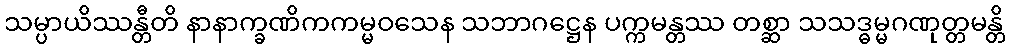
သမ္ပာယိဿန္တီတိ နာနာက္ခဏိကကမ္မဝသေန သဘာဂဋ္ဌေန ပက္ကမန္တဿ တစ္ဆာ သသဒ္ဓမ္မဂဏုတ္တမန္တိ